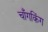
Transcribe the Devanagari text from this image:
चॉँगकिंग